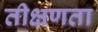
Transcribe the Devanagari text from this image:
तीक्षणता